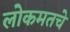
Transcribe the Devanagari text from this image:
लोकमतचे